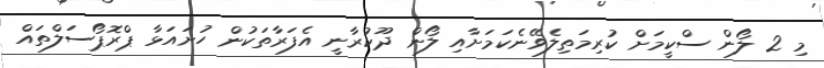
މި 2 ލޯން ސްކީމަށް ކުރިމަތިލެވޭނެކަމަށާއި ލޯން ދޫކުރާނީ އެފަރާތަކުން ހުށައަޅާ ޕްރޮޕޯސަލްތައް